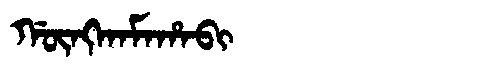
Manchu: ᡤᡡᠩᡴᠠᠮᠠᡥᠠᠪᡳ
Romanization: GŪNGKAMAHABI